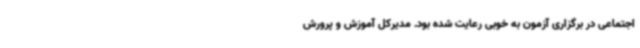
اجتماعی در برگزاری آزمون به خوبی رعایت شده بود. مدیرکل آموزش و پرورش